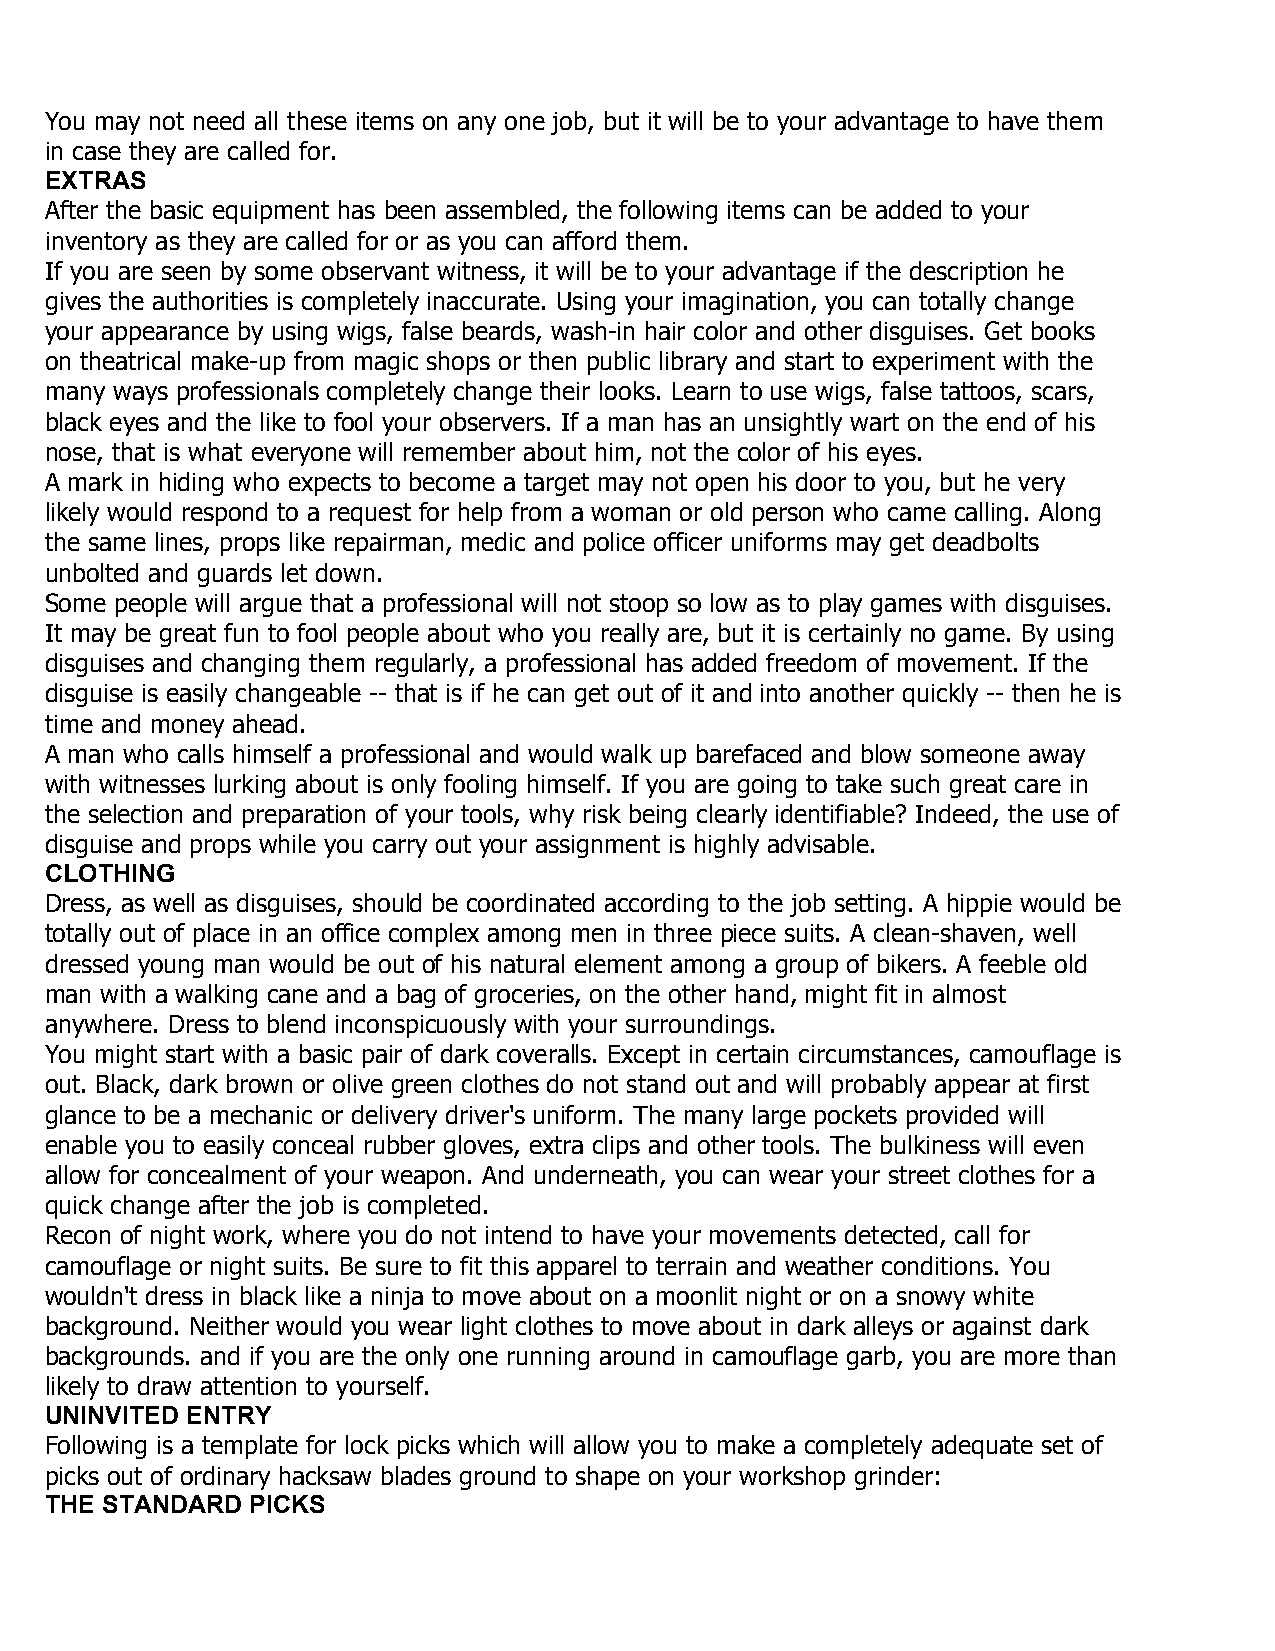
You may not need all these items on any one job, but it will be to your advantage to have them
 in case they are called for.
 EXTRAS
 After the basic equipment has been assembled, the following items can be added to your
 inventory as they are called for or as you can afford them.
 If you are seen by some observant witness, it will be to your advantage if the description he
 gives the authorities is completely inaccurate. Using your imagination, you can totally change
 your appearance by using wigs, false beards, wash-in hair color and other disguises. Get books
 on theatrical make-up from magic shops or then public library and start to experiment with the
 many ways professionals completely change their looks. Learn to use wigs, false tattoos, scars,
 black eyes and the like to fool your observers. If a man has an unsightly wart on the end of his
 nose, that is what everyone will remember about him, not the color of his eyes.
 A mark in hiding who expects to become a target may not open his door to you, but he very
 likely would respond to a request for help from a woman or old person who came calling. Along
 the same lines, props like repairman, medic and police officer uniforms may get deadbolts
 unbolted and guards let down.
 Some people will argue that a professional will not stoop so low as to play games with disguises.
 It may be great fun to fool people about who you really are, but it is certainly no game. By using
 disguises and changing them regularly, a professional has added freedom of movement. If the
 disguise is easily changeable -- that is if he can get out of it and into another quickly -- then he is
 time and money ahead.
 A man who calls himself a professional and would walk up barefaced and blow someone away
 with witnesses lurking about is only fooling himself. If you are going to take such great care in
 the selection and preparation of your tools, why risk being clearly identifiable? Indeed, the use of
 disguise and props while you carry out your assignment is highly advisable.
 CLOTHING
 Dress, as well as disguises, should be coordinated according to the job setting. A hippie would be
 totally out of place in an office complex among men in three piece suits. A clean-shaven, well
 dressed young man would be out of his natural element among a group of bikers. A feeble old
 man with a walking cane and a bag of groceries, on the other hand, might fit in almost
 anywhere. Dress to blend inconspicuously with your surroundings.
 You might start with a basic pair of dark coveralls. Except in certain circumstances, camouflage is
 out. Black, dark brown or olive green clothes do not stand out and will probably appear at first
 glance to be a mechanic or delivery driver's uniform. The many large pockets provided will
 enable you to easily conceal rubber gloves, extra clips and other tools. The bulkiness will even
 allow for concealment of your weapon. And underneath, you can wear your street clothes for a
 quick change after the job is completed.
 Recon of night work, where you do not intend to have your movements detected, call for
 camouflage or night suits. Be sure to fit this apparel to terrain and weather conditions. You
 wouldn't dress in black like a ninja to move about on a moonlit night or on a snowy white
 background. Neither would you wear light clothes to move about in dark alleys or against dark
 backgrounds. and if you are the only one running around in camouflage garb, you are more than
 likely to draw attention to yourself.
 UNINVITED ENTRY
 Following is a template for lock picks which will allow you to make a completely adequate set of
 picks out of ordinary hacksaw blades ground to shape on your workshop grinder:
 THE STANDARD PICKS